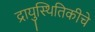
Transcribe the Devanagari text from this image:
द्रायुस्थितिकीचे